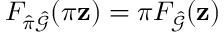
F _ { \hat { \pi } \hat { \mathcal { G } } } ( \pi \mathbf { z } ) = \pi F _ { \hat { \mathcal { G } } } ( \mathbf { z } )